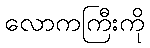
လောကကြီးကို